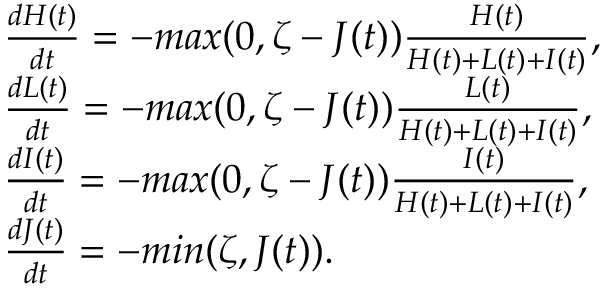
\begin{array} { l } { \frac { d H ( t ) } { d t } = - m a x ( 0 , \zeta - J ( t ) ) \frac { H ( t ) } { H ( t ) + L ( t ) + I ( t ) } , } \\ { \frac { d L ( t ) } { d t } = - m a x ( 0 , \zeta - J ( t ) ) \frac { L ( t ) } { H ( t ) + L ( t ) + I ( t ) } , } \\ { \frac { d I ( t ) } { d t } = - m a x ( 0 , \zeta - J ( t ) ) \frac { I ( t ) } { H ( t ) + L ( t ) + I ( t ) } , } \\ { \frac { d J ( t ) } { d t } = - m i n ( \zeta , J ( t ) ) . } \end{array}